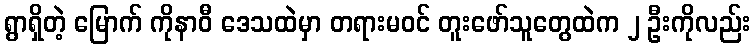
ရွာရှိတဲ့ မြောက် ကိုနာဝီ ဒေသထဲမှာ တရားမဝင် တူးဖော်သူတွေထဲက ၂ ဦးကိုလည်း